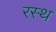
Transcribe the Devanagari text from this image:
रस्थ